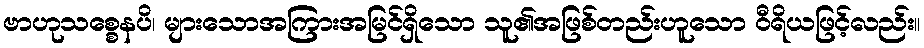
ဗာဟုသစ္စေနပိ၊ များသောအကြားအမြင်ရှိသော သူ၏အဖြစ်တည်းဟူသော ဝီရိယဖြင့်လည်း။